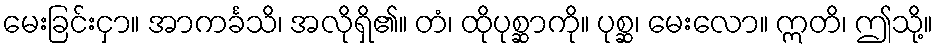
မေးခြင်းငှာ။ အာကင်္ခသိ၊ အလိုရှိ၏။ တံ၊ ထိုပုစ္ဆာကို။ ပုစ္ဆ၊ မေးလော။ ဣတိ၊ ဤသို့။